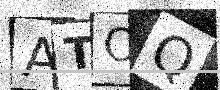
Text: ATOQ